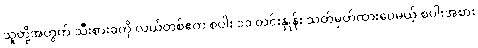
သူတို့အတွက် သီးစားခကို လယ်တစ်ဧက စပါး ၁၁ တင်းနှုန်း သတ်မှတ်ထားပေမယ့် စပါးအစား